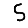
Digit: 5